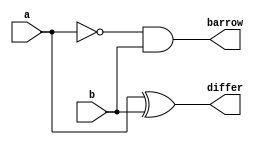
`timescale 1ns / 1ps
//////////////////////////////////////////////////////////////////////////////////
// Company: 
// Engineer: 
// 
// Design Name: 
// Module Name: HS
// Project Name: 
// Target Devices: 
// Tool Versions: 
// Description: 
// 
// Dependencies: 
// 
// Revision:
// Revision 0.01 - File Created
// Additional Comments:
// 
//////////////////////////////////////////////////////////////////////////////////


module HS(
    input a,
    input b,
    output reg differ,
    output reg barrow
    );
    always @(*)
    begin
    differ = a^b;
    barrow = ~a & b;
    end
endmodule